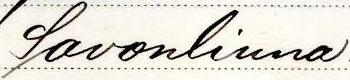
Savonlinna